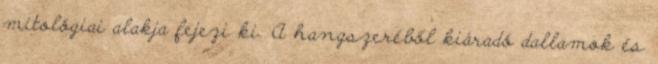
mitológiai alakja fejezi ki. A hangszeréből kiáradó dallamok és